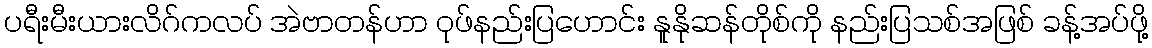
ပရီးမီးယားလိဂ်ကလပ် အဲဗာတန်ဟာ ဝုဖ်နည်းပြဟောင်း နူနိုဆန်တိုစ်ကို နည်းပြသစ်အဖြစ် ခန့်အပ်ဖို့